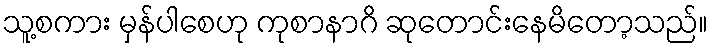
သူ့စကား မှန်ပါစေဟု ကုစာနာဂိ ဆုတောင်းနေမိတော့သည်။